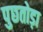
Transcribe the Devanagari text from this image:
पुछतोड़ा